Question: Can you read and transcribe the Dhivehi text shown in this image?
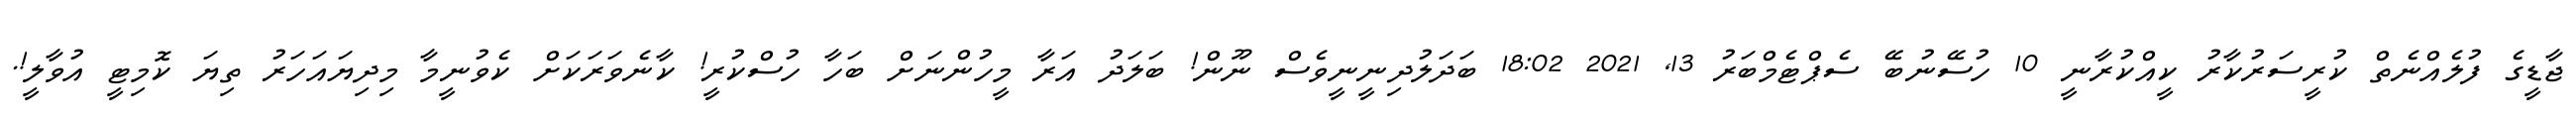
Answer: ޖާޑީގެ ފުލެއްނެތް ކުރީސަރުކާރު ކީއްކުރާނީ 10 ހުސޭނުބޭ ސެޕްޓެމްބަރު 13, 2021 18:02 ބަދަލުދިނީނީވެސް ނޫން! ބަލަދު އަރާ މީހުންނަށް ބަހާ ހުސްކުރީ! ކާނެވަރަކަށް ކެވުނީމާ މިދިޔައަހަރު ތިޔަ ކޮމިޓީ އުވާލީ!.